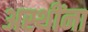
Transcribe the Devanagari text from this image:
अस्थींना